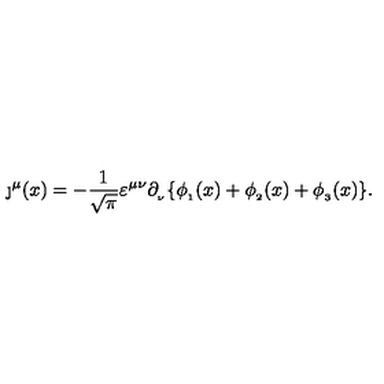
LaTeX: \j ^ { \mu } ( x ) = - \frac { 1 } { \sqrt { \pi } } \varepsilon ^ { \mu \nu } \partial _ { _ \nu } \{ \phi _ { _ 1 } ( x ) + \phi _ { _ 2 } ( x ) + \phi _ { _ 3 } ( x ) \} .